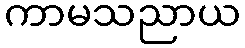
ကာမသညာယ